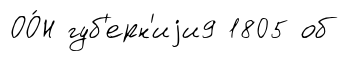
ОО́Н губ'ерн'иjи9 1805 об